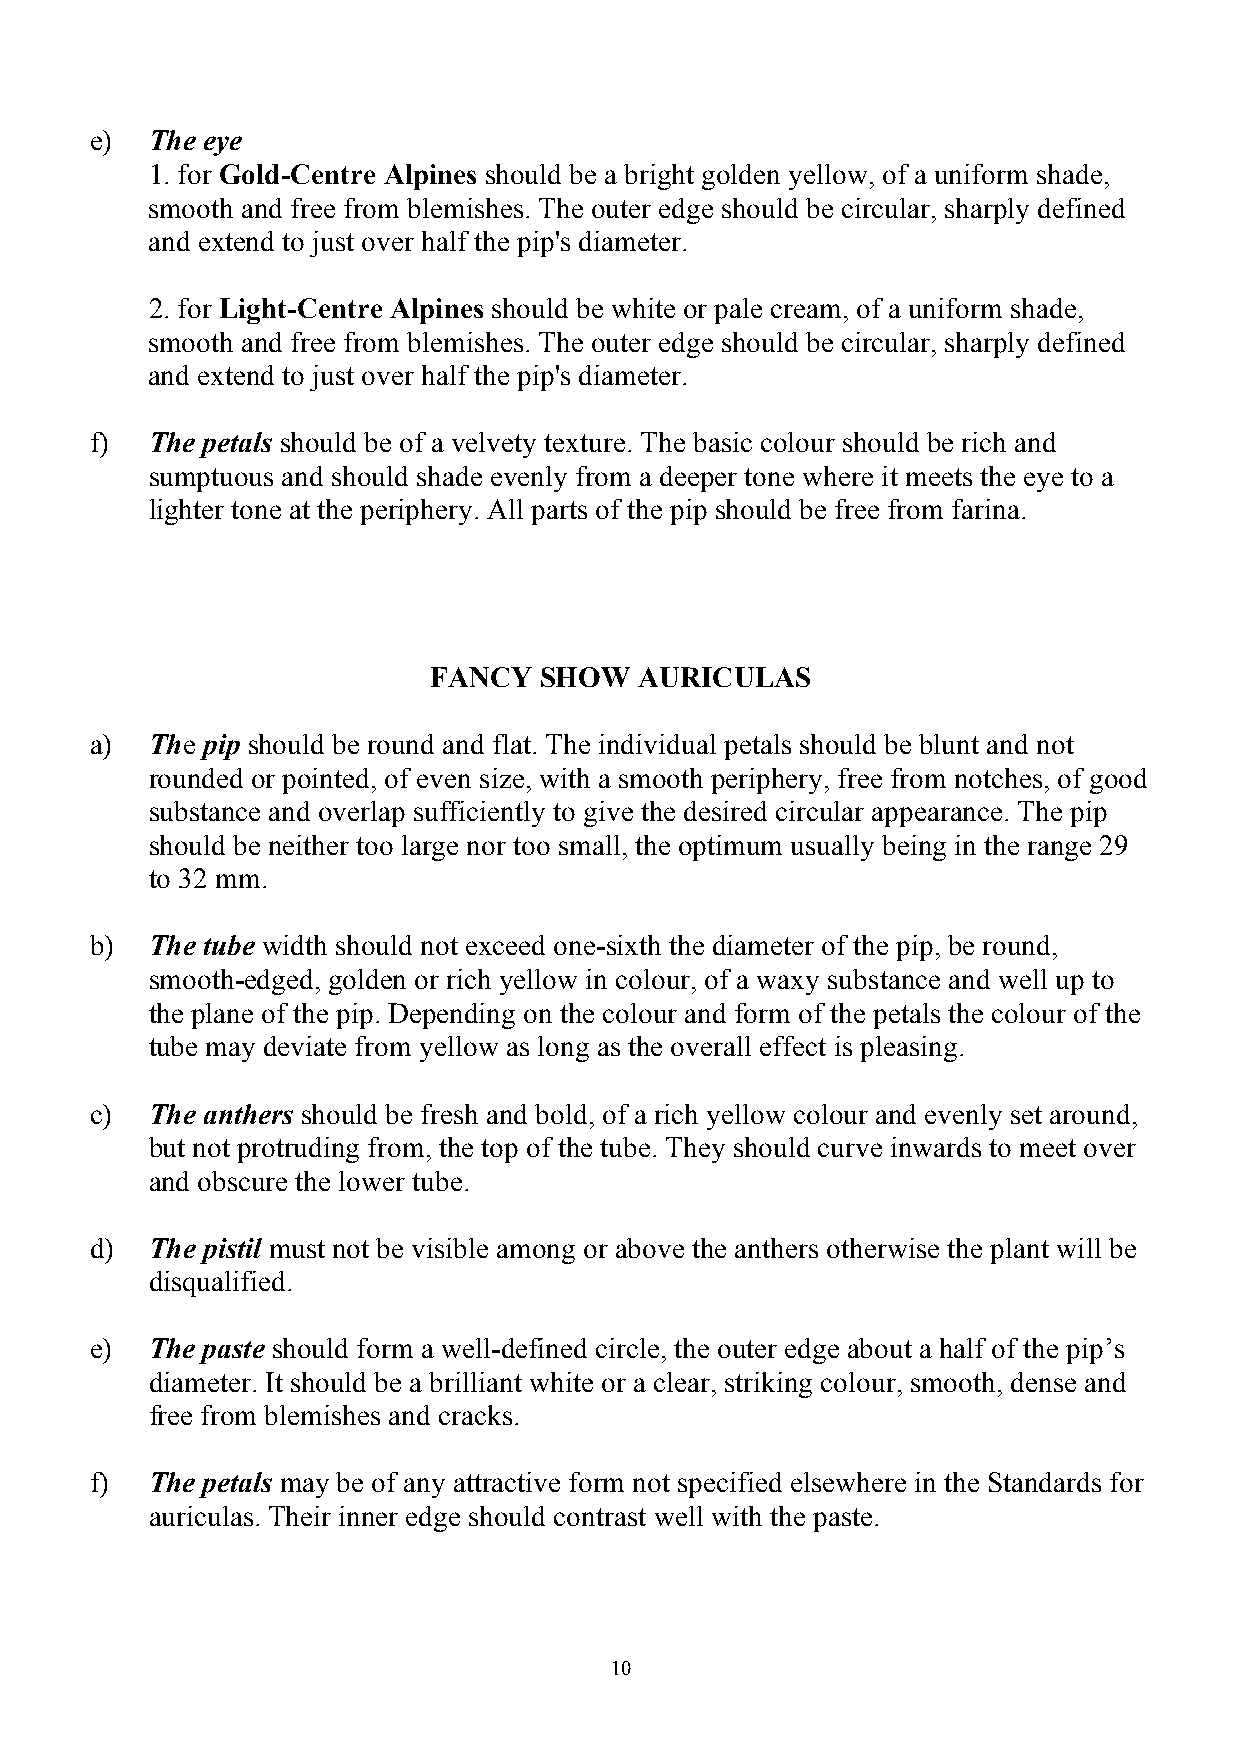
e)  The eye
 1. for Gold-Centre Alpines should be a bright golden yellow, of a uniform shade,
 smooth and free from blemishes. The outer edge should be circular, sharply defined
 and extend to just over half the pip's diameter.
 2. for Light-Centre Alpines should be white or pale cream, of a uniform shade,
 smooth and free from blemishes. The outer edge should be circular, sharply defined
 and extend to just over half the pip's diameter.
 f)  The petals should be of a velvety texture. The basic colour should be rich and
 sumptuous and should shade evenly from a deeper tone where it meets the eye to a
 lighter tone at the periphery. All parts of the pip should be free from farina.
 FANCY   SHOW  AURICULAS
 a)  The pip should be round and flat. The individual petals should be blunt and not
 rounded or pointed, of even size, with a smooth periphery, free from notches, of good
 substance and overlap sufficiently to give the desired circular appearance. The pip
 should be neither too large nor too small, the optimum usually being in the range 29
 to 32 mm.
 b)  The tube width should not exceed one-sixth the diameter of the pip, be round,
 smooth-edged, golden or rich yellow in colour, of a waxy substance and well up to
 the plane of the pip. Depending on the colour and form of the petals the colour of the
 tube may deviate from yellow as long as the overall effect is pleasing.
 c)  The anthers should be fresh and bold, of a rich yellow colour and evenly set around,
 but not protruding from, the top of the tube. They should curve inwards to meet over
 and obscure the lower tube.
 d)  The pistil must not be visible among or above the anthers otherwise the plant will be
 disqualified.
 e)  The paste should form a well-defined circle, the outer edge about a half of the pip’s
 diameter. It should be a brilliant white or a clear, striking colour, smooth, dense and
 free from blemishes and cracks.
 f)  The petals may be of any attractive form not specified elsewhere in the Standards for
 auriculas. Their inner edge should contrast well with the paste.
 10